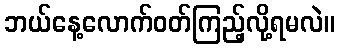
ဘယ်နေ့လောက်ဝတ်ကြည့်လို့ရမလဲ။